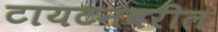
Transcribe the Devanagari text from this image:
टायटनवरील